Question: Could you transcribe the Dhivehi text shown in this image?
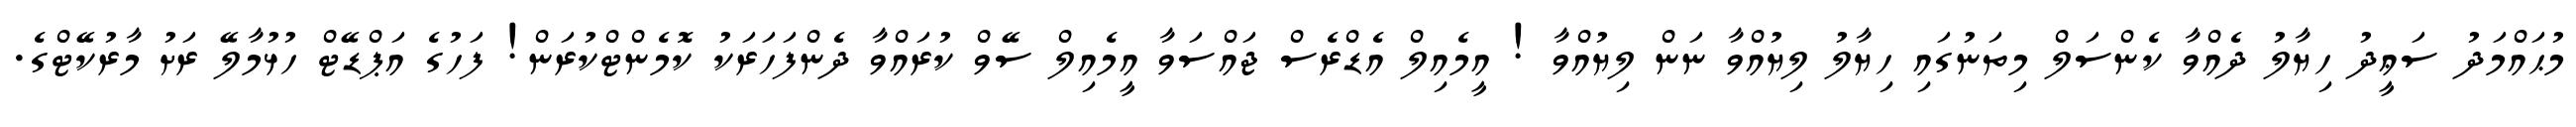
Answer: މުޙައްމަދު ސަޢީދު ހިޔާލު ދެއްވާ ކެންސަލް މިތަނުގައި ހިޔާލު ލިޔުއްވާ ނަން ލިޔުއްވާ ! އީމެއިލް އެޑްރެސް ޖައްސަވާ އީމެއިލް ސޭވް ކުރައްވާ ދެންފަހަރަކު ކޮމެންޓްކުރަން! ފަހުގެ އަޕްޑޭޓް ހުޅުމާލޭ ރަށު މާރުކޭޓްގެ.